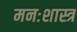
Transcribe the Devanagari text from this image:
मनःशास्त्र